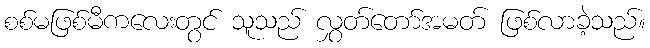
စစ်မဖြစ်မီကလေးတွင် သူသည် လွှတ်တော်အမတ် ဖြစ်လာခဲ့သည်။